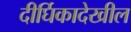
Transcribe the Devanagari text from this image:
दीर्घिकादेखील